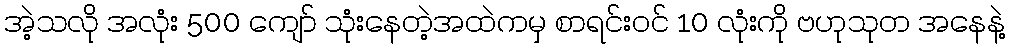
အဲ့သလို အလုံး 500 ကျော် သုံးနေတဲ့အထဲကမှ စာရင်းဝင် 10 လုံးကို ဗဟုသုတ အနေနဲ့